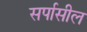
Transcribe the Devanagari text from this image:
सर्पासील